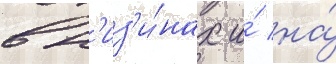
в н'из'и́нах и́ на́